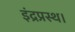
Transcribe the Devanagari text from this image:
इंद्रप्रस्थ।